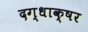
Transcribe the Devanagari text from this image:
दग्धाक्षर